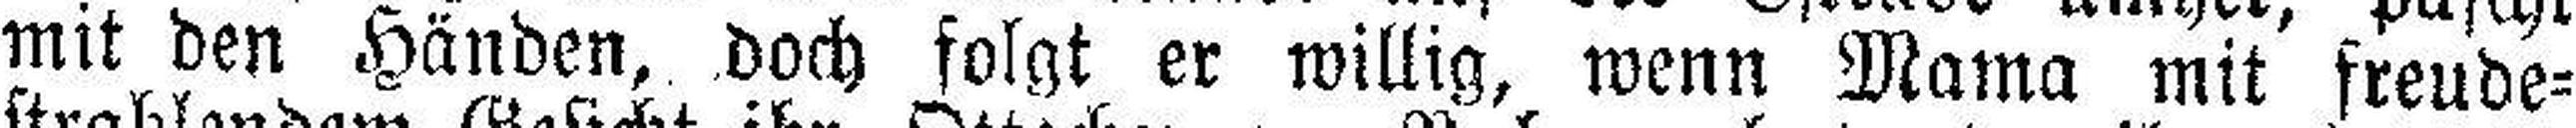
mit den Händen, doch folgt er willig, wenn Mama mit freude¬